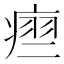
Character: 𬏵